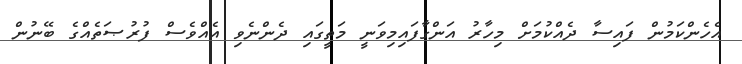
އެހެންކަމުން ފައިސާ ދެއްކުމަށް މިހާރު އަންގާފައިމިވަނީ މަތީގައި ދެންނެވި އެއްވެސް ފުރުޞަތެއްގެ ބޭނުން